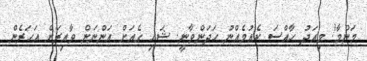
މަންމާ! މިއަދު ހާއްސަ ކެއުމެއްނު ހަދަންވާނީ. ޝައި ގެއަށް އަންނަން ވާއިރަށް އަހަރެން